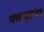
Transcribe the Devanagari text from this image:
फ्लाइटांवर